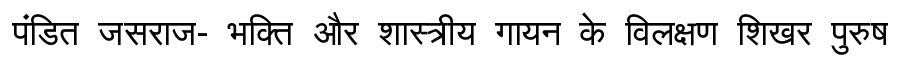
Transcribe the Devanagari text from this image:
पंडित जसराज- भक्ति और शास्त्रीय गायन के विलक्षण शिखर पुरुष